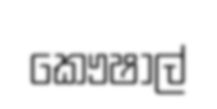
කෞෂාල්